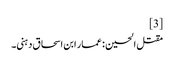
[3]
مقتل الحسین : عمار ابن اسحاق دہنی۔